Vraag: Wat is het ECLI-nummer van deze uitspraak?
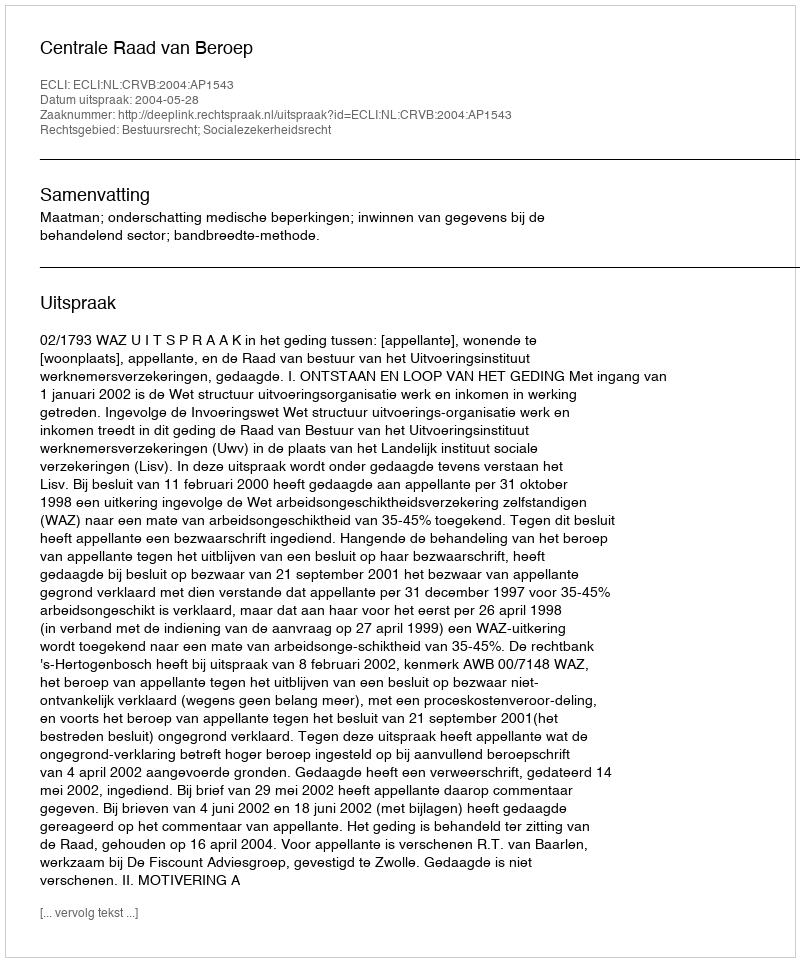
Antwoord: ECLI:NL:CRVB:2004:AP1543